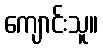
ကျောင်းသူ။